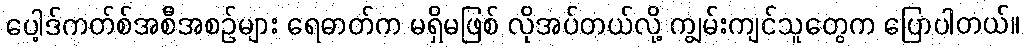
ပေါ့ဒ်ကတ်စ်အစီအစဉ်များ ရေဓာတ်က မရှိမဖြစ် လိုအပ်တယ်လို့ ကျွမ်းကျင်သူတွေက ပြောပါတယ်။